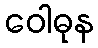
ဝေါဓုန